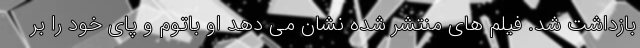
بازداشت شد. فیلم های منتشر شده نشان می دهد او باتوم و پای خود را بر